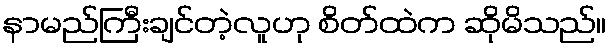
နာမည်ကြီးချင်တဲ့လူဟု စိတ်ထဲက ဆိုမိသည်။